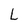
Character: L